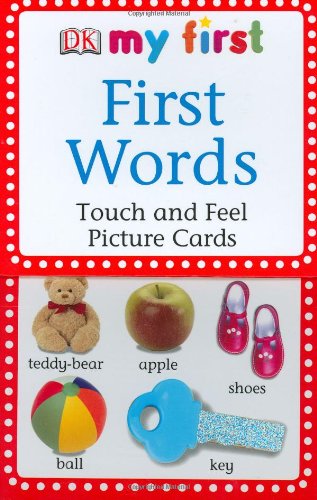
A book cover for My First Touch & Feel Picture Cards: First Words (My 1st T&F Picture Cards); DK; Children's Books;